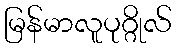
မြန်မာလူပုဂ္ဂိုလ်